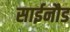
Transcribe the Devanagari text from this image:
साईनौड